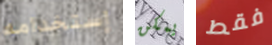
إستخدامه يمكن فقط